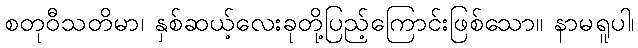
စတုဝီသတိမာ၊ နှစ်ဆယ့်လေးခုတို့ပြည့်ကြောင်းဖြစ်သော။ နာမရူပါ၊